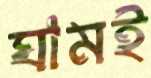
ঘামই